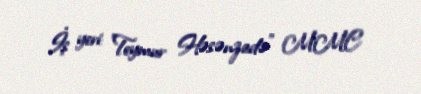
İş yeri: "Teymur Həsənzadə" MMC